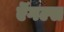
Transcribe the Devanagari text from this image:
ऎंगल्स